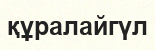
құралайгүл